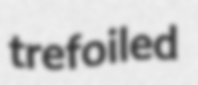
trefoiled